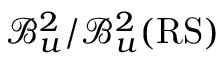
\mathcal { B } _ { u } ^ { 2 } / \mathcal { B } _ { u } ^ { 2 } ( \mathrm { R S ) }